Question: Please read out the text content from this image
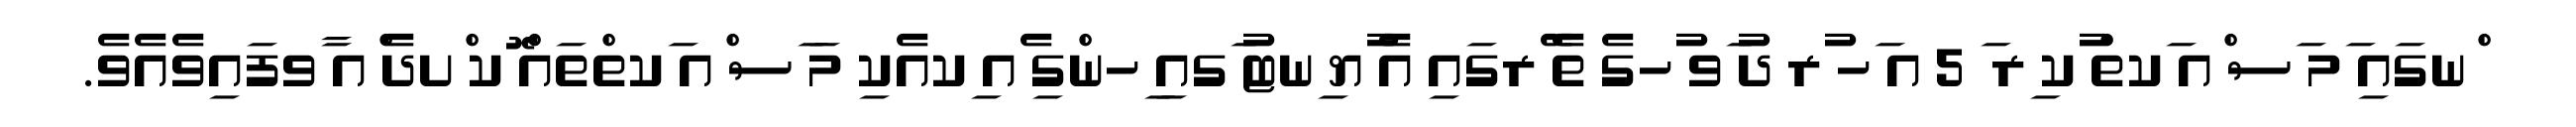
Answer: ްނގައި ަމ ަސ ްއ ަކތް ުކ ިރ ަ 5 އ ަހ ުރ ދު ަވ ުހގެ ތެ ޭރގައި އެ ުޔ ިނޓު ަގއި ިހންގި ެއ ިކއެކި މަ ަސ ްއ ަކތްތައް ޮކ ްށދެ ްއ ާވފައިވެއެވެ.